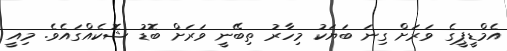
އެމްޑީޕީގެ ވަރަށް ގިނަ ބަޔަކު މިހާރު ތިބޭނީ ވަރަށް ބޮޑު ޝޮކެއްގައެވެ. މިއީ